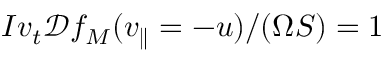
I v _ { t } \mathcal { D } f _ { M } ( v _ { \parallel } = - u ) / ( \Omega S ) = 1